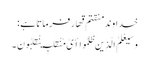
خداوند منقتم قهار فرماتا ہے :
وَسَیَعْلَمُ الَّذِینَ ظَلَمُوا أَیَّ مُنْقَلَبٍ یَنْقَلِبُونَ ۔